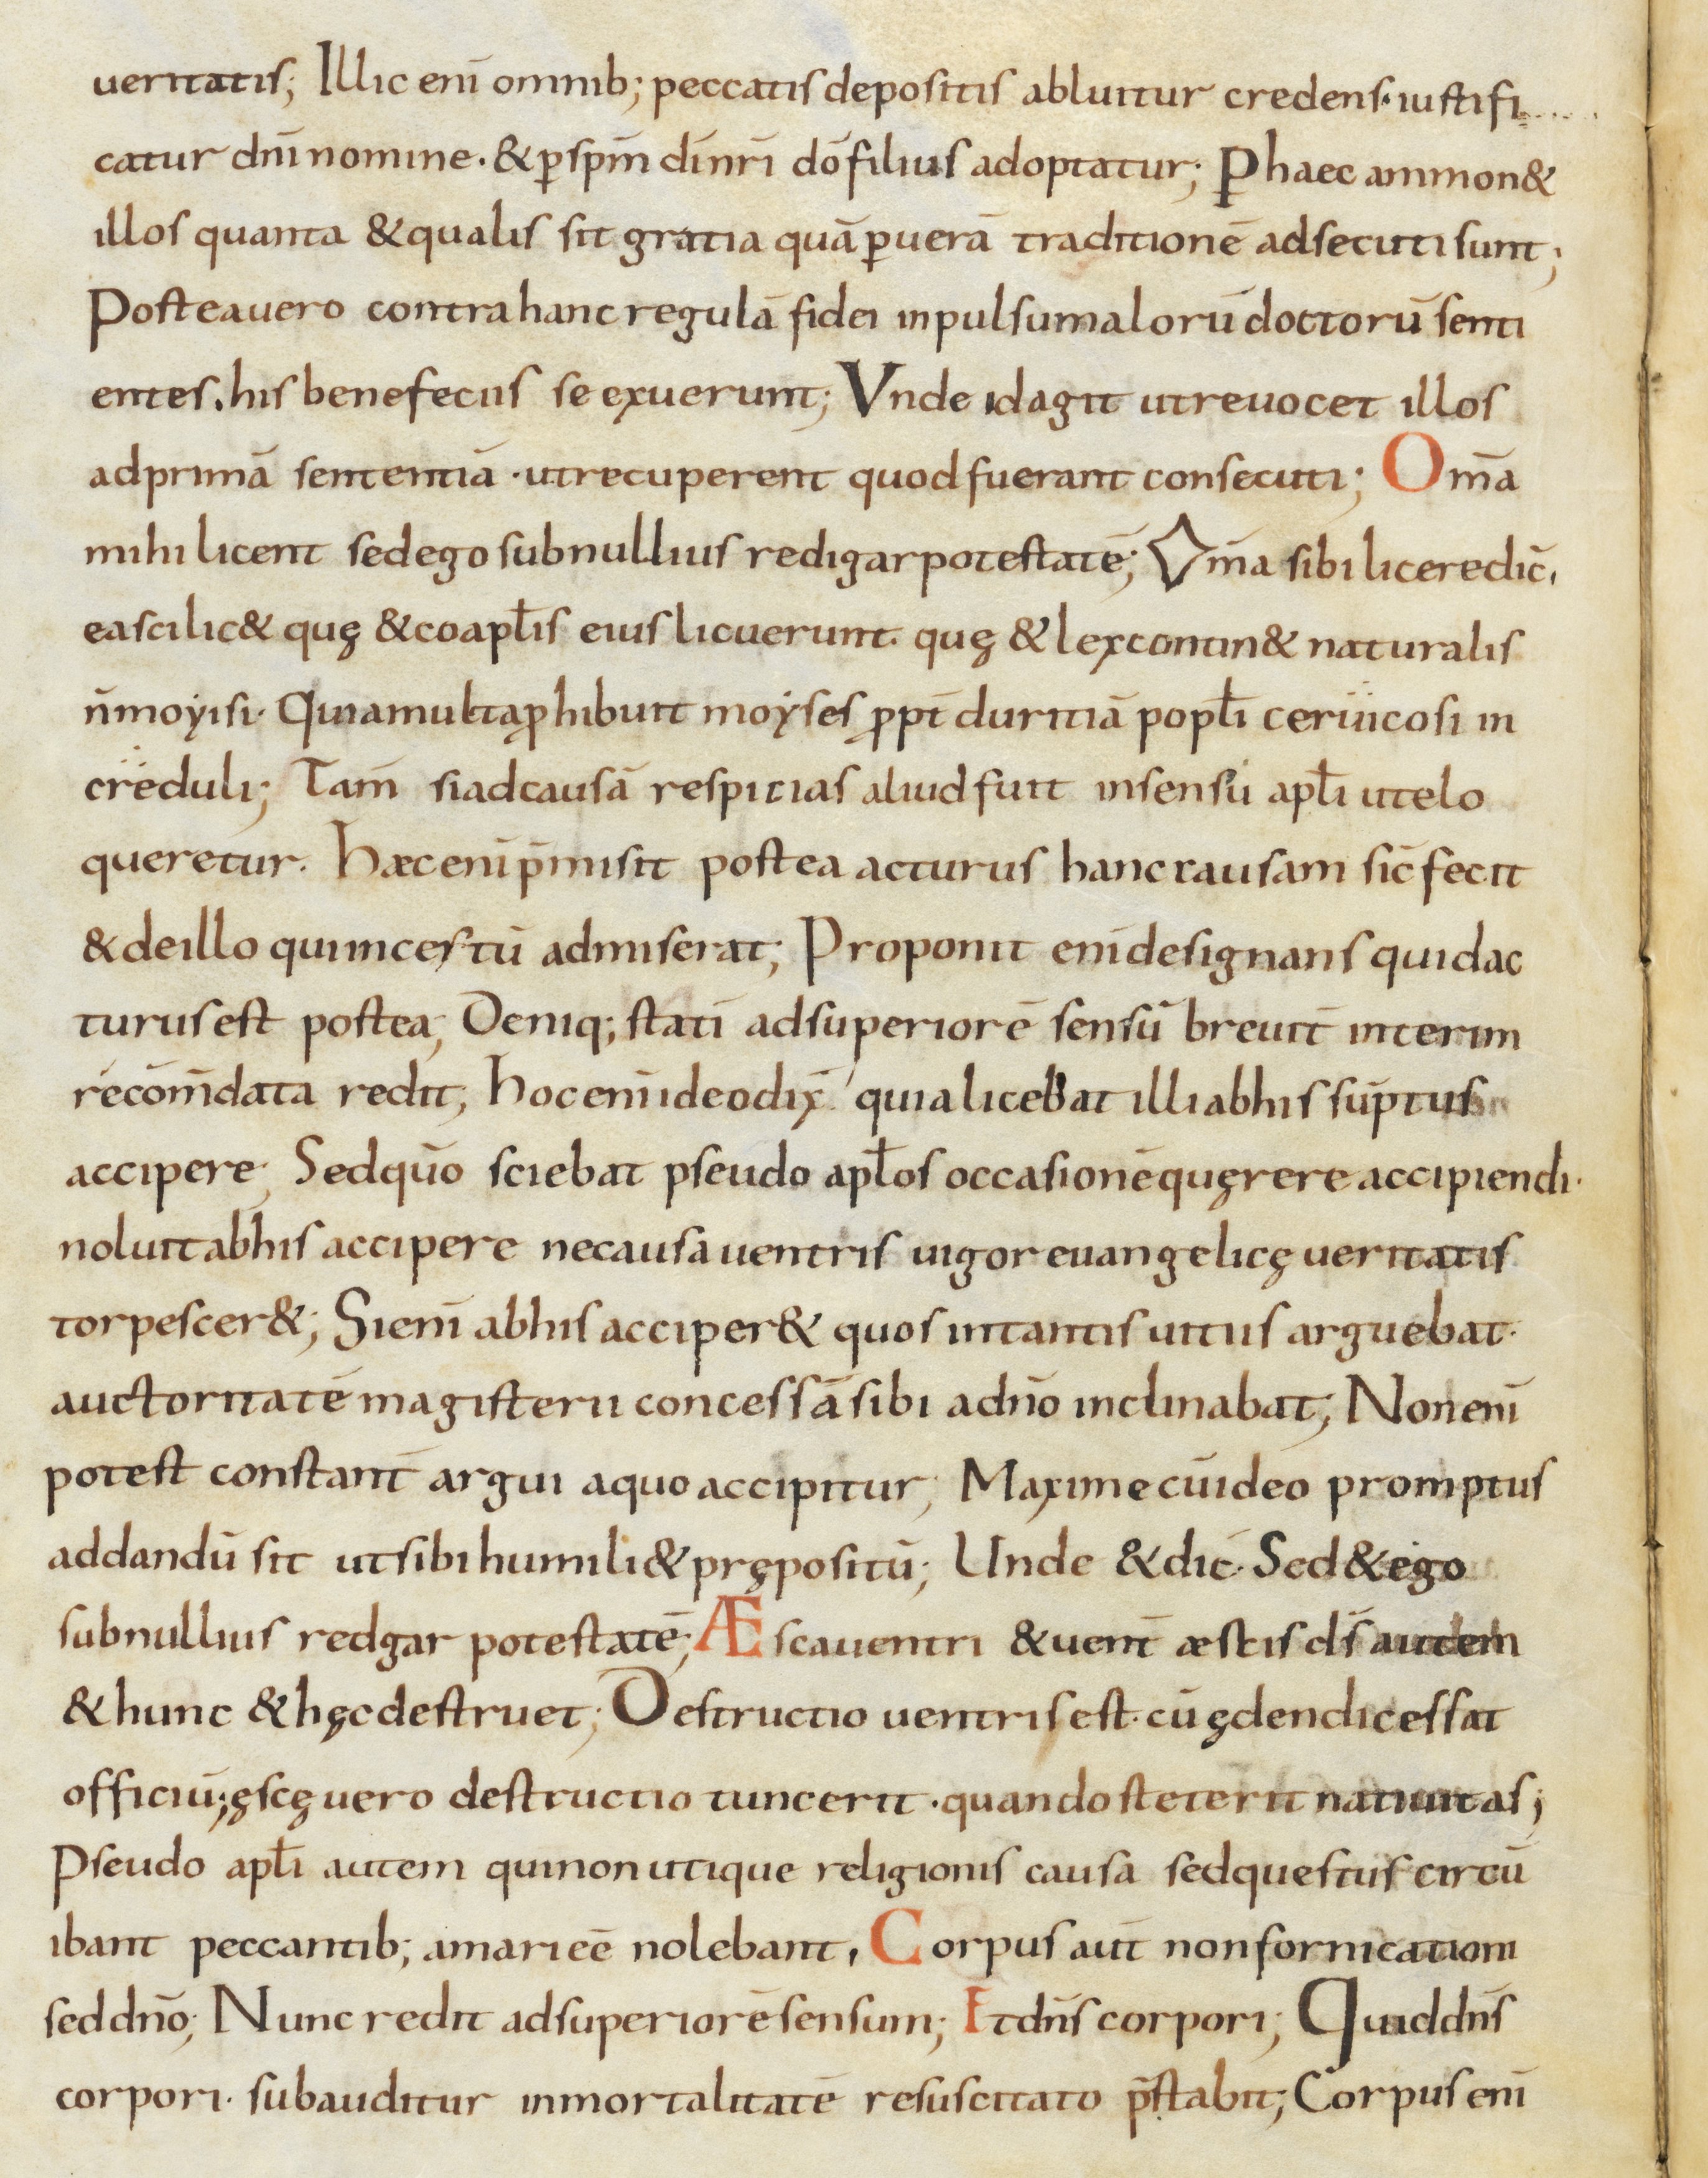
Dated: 800–899